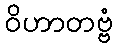
ဝိဟာတဗ္ဗံ